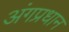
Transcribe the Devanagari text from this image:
अंगप्रधान